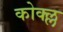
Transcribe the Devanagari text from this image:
कोक्ल्ल